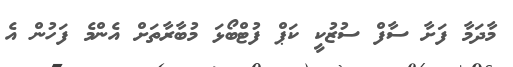
މާދަމާ ފަށާ ސާފް ސުޒުކީ ކަޕް ފުޓްބޯޅަ މުބާރާތަށް އެންމެ ފަހުން އެ